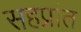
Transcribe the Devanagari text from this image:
सहप्रांत